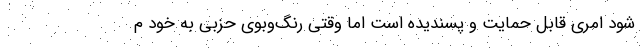
شود امری قابل حمایت و پسندیده است اما وقتی رنگ‌وبوی حزبی به خود م